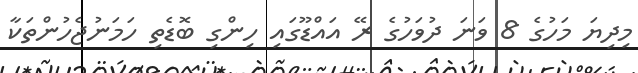
މިދިޔަ މަހުގެ 8 ވަނަ ދުވަހުގެ ރޭ އައްޑޫގައި ހިންގި ބޮޑެތި ހަމަނުޖެހުންތަކާ